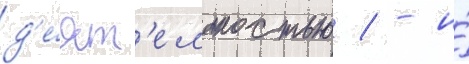
д'е́ят'ельностью / - и́